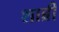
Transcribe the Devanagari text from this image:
शाब्री